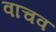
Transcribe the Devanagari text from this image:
वाचव